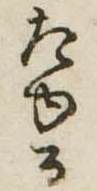
たゆる